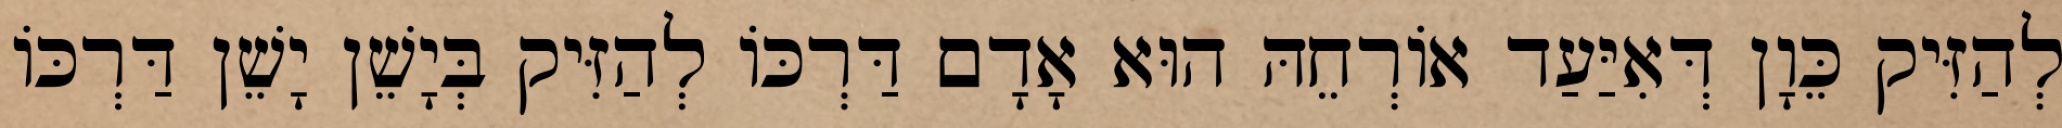
לְהַזִּיק כֵּוָן דְּאִיַּעַד אוֹרְחֵהּ הוּא אָדָם דַּרְכּוֹ לְהַזִּיק בְּיָשֵׁן יָשֵׁן דַּרְכּוֹ